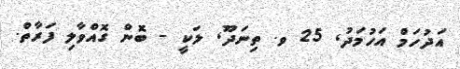
އަދުހަމް އަހުމަދު